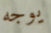
يوجه